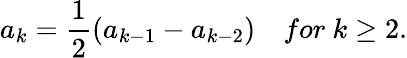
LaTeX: a_{k}={\frac{1}{2}}(a_{k-1}-a_{k-2})\quad for\ k\geq 2.